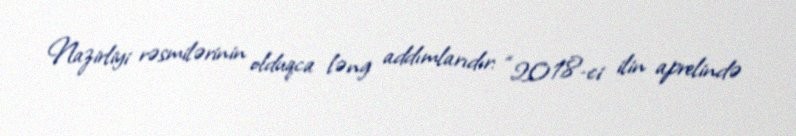
Nazirliyi rəsmilərinin olduqca ləng addımlarıdır: “2018-ci ilin aprelində